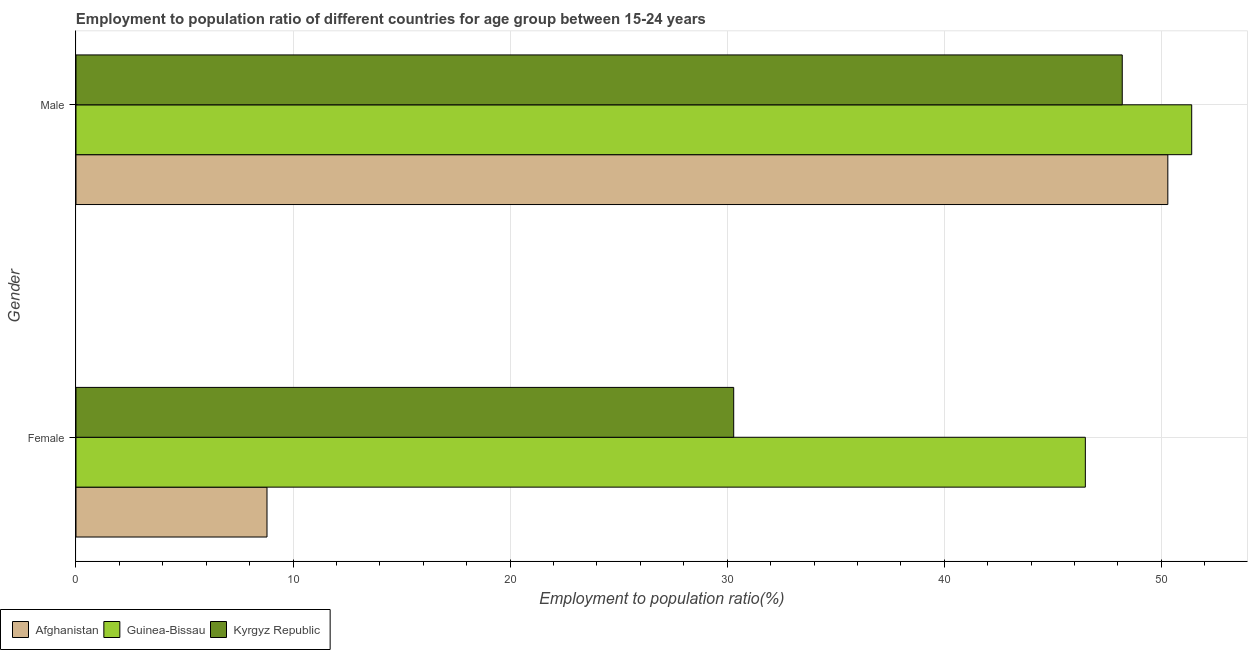
| Gender | Afghanistan | Guinea-Bissau | Kyrgyz Republic |
 | --- | --- | --- | --- |
 | Female | 8.8 | 46.5 | 30.3 |
 | Male | 50.3 | 51.4 | 48.2 |